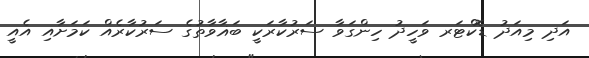
އަދި މިއަދު ޑޮކްޓަރ ވަހީދު ހިންގަވާ ސަރުކާރަކީ ބަޣާވާތުގެ ސަރުކާރެއް ކަމަށާއި އެއީ